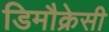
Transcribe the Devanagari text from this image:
डिमौक्रेसी